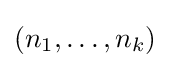
(n_{1},\ldots ,n_{k})